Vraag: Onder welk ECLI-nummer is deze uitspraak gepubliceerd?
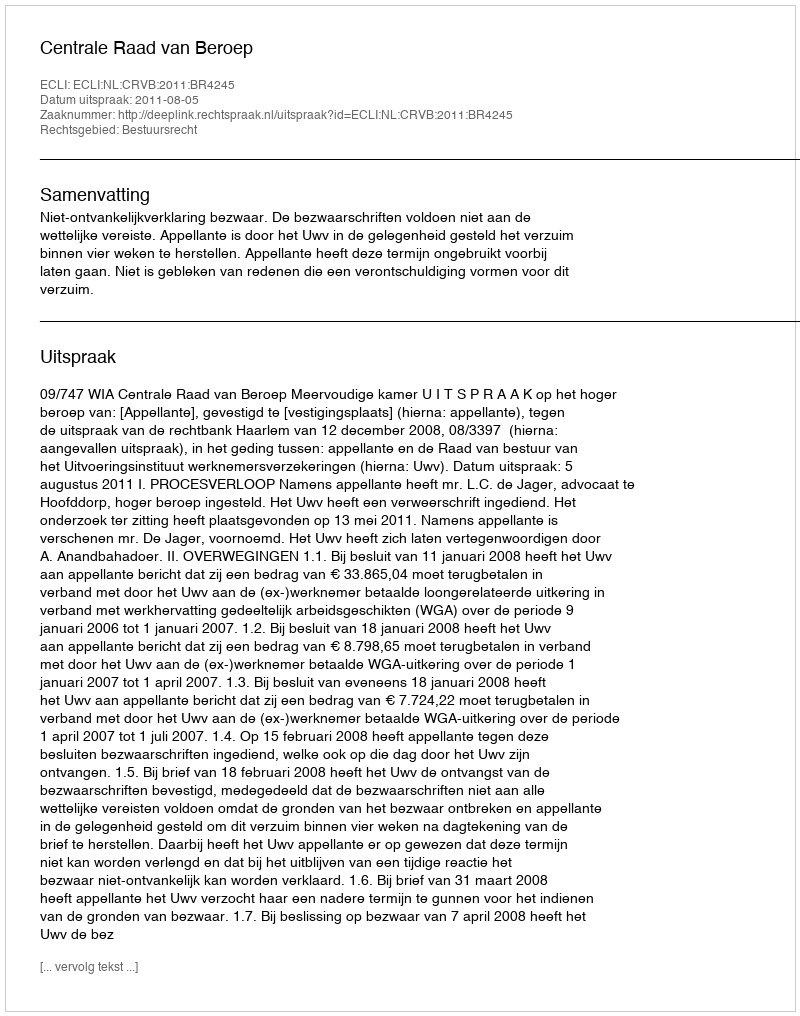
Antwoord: ECLI:NL:CRVB:2011:BR4245